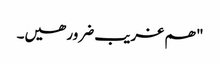
" ھم غریب ضرور ھیں۔